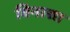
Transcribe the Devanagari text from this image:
विनाशा